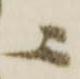
ニ